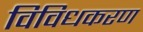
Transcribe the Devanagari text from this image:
विविधकरण